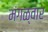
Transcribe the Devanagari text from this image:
मंगळ्वार